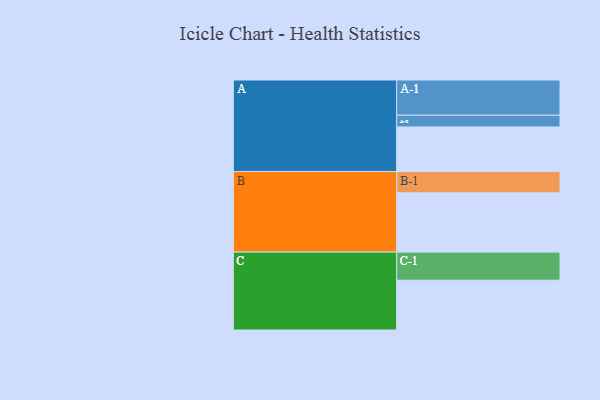
{"axis": {"x": "Segment", "y": "Value"}, "legend": ["", "A", "B", "C"], "data": [{"x": "A", "y": 301, "type": ""}, {"x": "B", "y": 400, "type": ""}, {"x": "C", "y": 336, "type": ""}, {"x": "A-1", "y": 238, "type": "A"}, {"x": "A-2", "y": 79, "type": "A"}, {"x": "B-1", "y": 144, "type": "B"}, {"x": "C-1", "y": 190, "type": "C"}]}